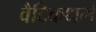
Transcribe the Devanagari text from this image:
वैदिकधर्म